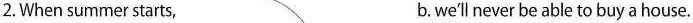
2.When summer starts, b. we'l never be able to buy a house.